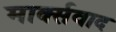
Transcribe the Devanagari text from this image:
मार्क्‍सवाद